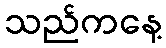
သည်ကနေ့